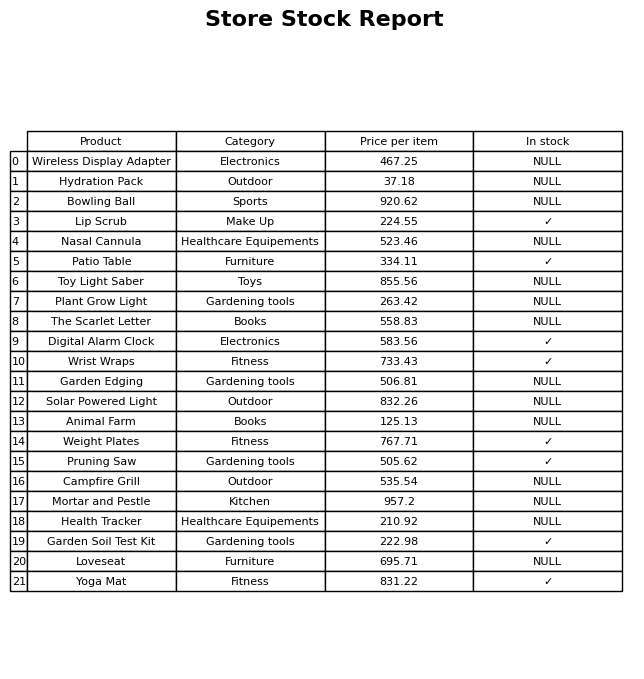
question: What is the price of the Yoga Mat?
answer: The price of Yoga Mat is 831.22.